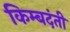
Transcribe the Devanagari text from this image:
किम्बदंती